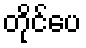
တိုင်ပေ